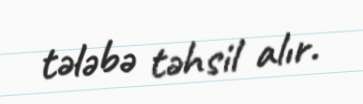
tələbə təhsil alır.